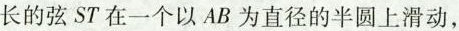
长的弦ST在一个以AB为直径的半圆上滑动，